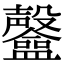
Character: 𥃟